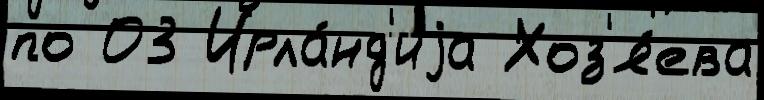
по 03 Ирла́нд'иjа Хоз'я́ева